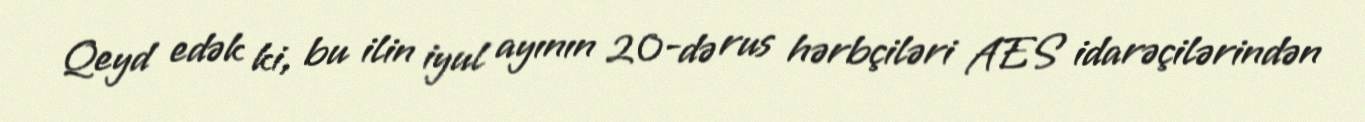
Qeyd edək ki, bu ilin iyul ayının 20-də rus hərbçiləri AES idarəçilərindən